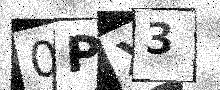
Text: 0PX3